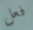
فعل